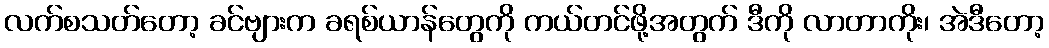
လက်စသတ်တော့ ခင်ဗျားက ခရစ်ယာန်တွေကို ကယ်တင်ဖို့အတွက် ဒီကို လာတာကိုး၊ အဲဒီတော့